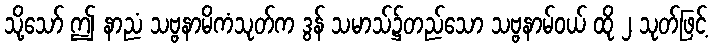
သို့သော် ဤ နာညံ သဗ္ဗနာမိကံသုတ်က ဒွန် သမာသ်၌တည်သော သဗ္ဗနာမ်ဝယ် ထို ၂ သုတ်ဖြင့်